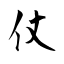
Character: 仗